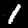
Label: 1